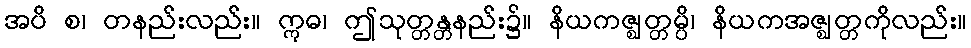
အပိ စ၊ တနည်းလည်း။ ဣဓ၊ ဤသုတ္တန္တနည်း၌။ နိယကဇ္ဈတ္တမ္ပိ၊ နိယကအဇ္ဈတ္တကိုလည်း။